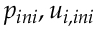
p _ { i n i } , u _ { i , i n i }